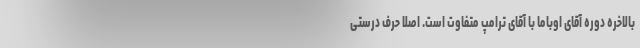
بالاخره دوره آقای اوباما با آقای ترامپ متفاوت است. اصلا حرف درستی